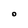
Character: O